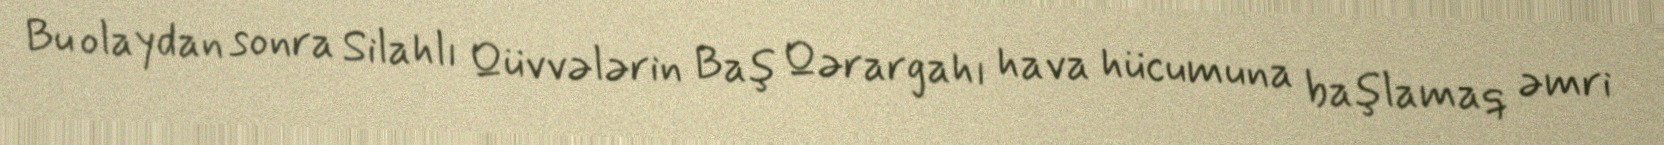
Bu olaydan sonra Silahlı Qüvvələrin Baş Qərargahı hava hücumuna başlamaq əmri